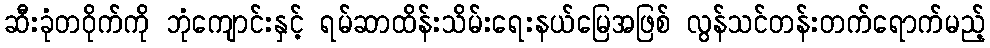
ဆီးခုံတဝိုက်ကို ဘုံကျောင်းနှင့် ရမ်ဆာထိန်းသိမ်းရေးနယ်မြေအဖြစ် လွန်သင်တန်းတက်ရောက်မည့်